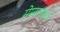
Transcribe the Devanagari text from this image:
मेममनच्या